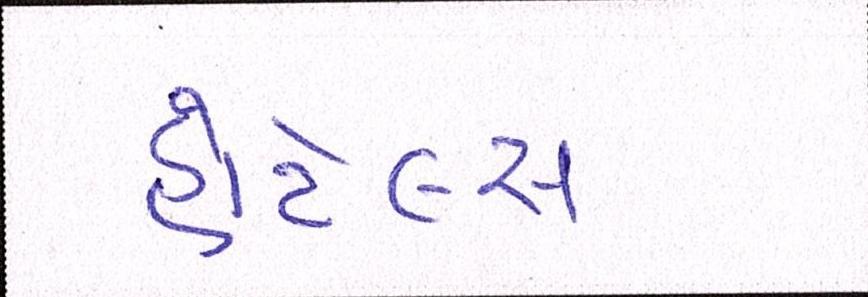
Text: હોટેલ્સ